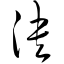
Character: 泱